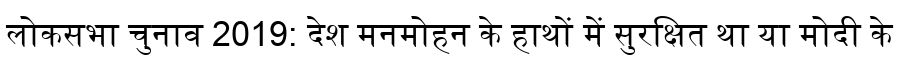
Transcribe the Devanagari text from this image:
लोकसभा चुनाव 2019: देश मनमोहन के हाथों में सुरक्षित था या मोदी के